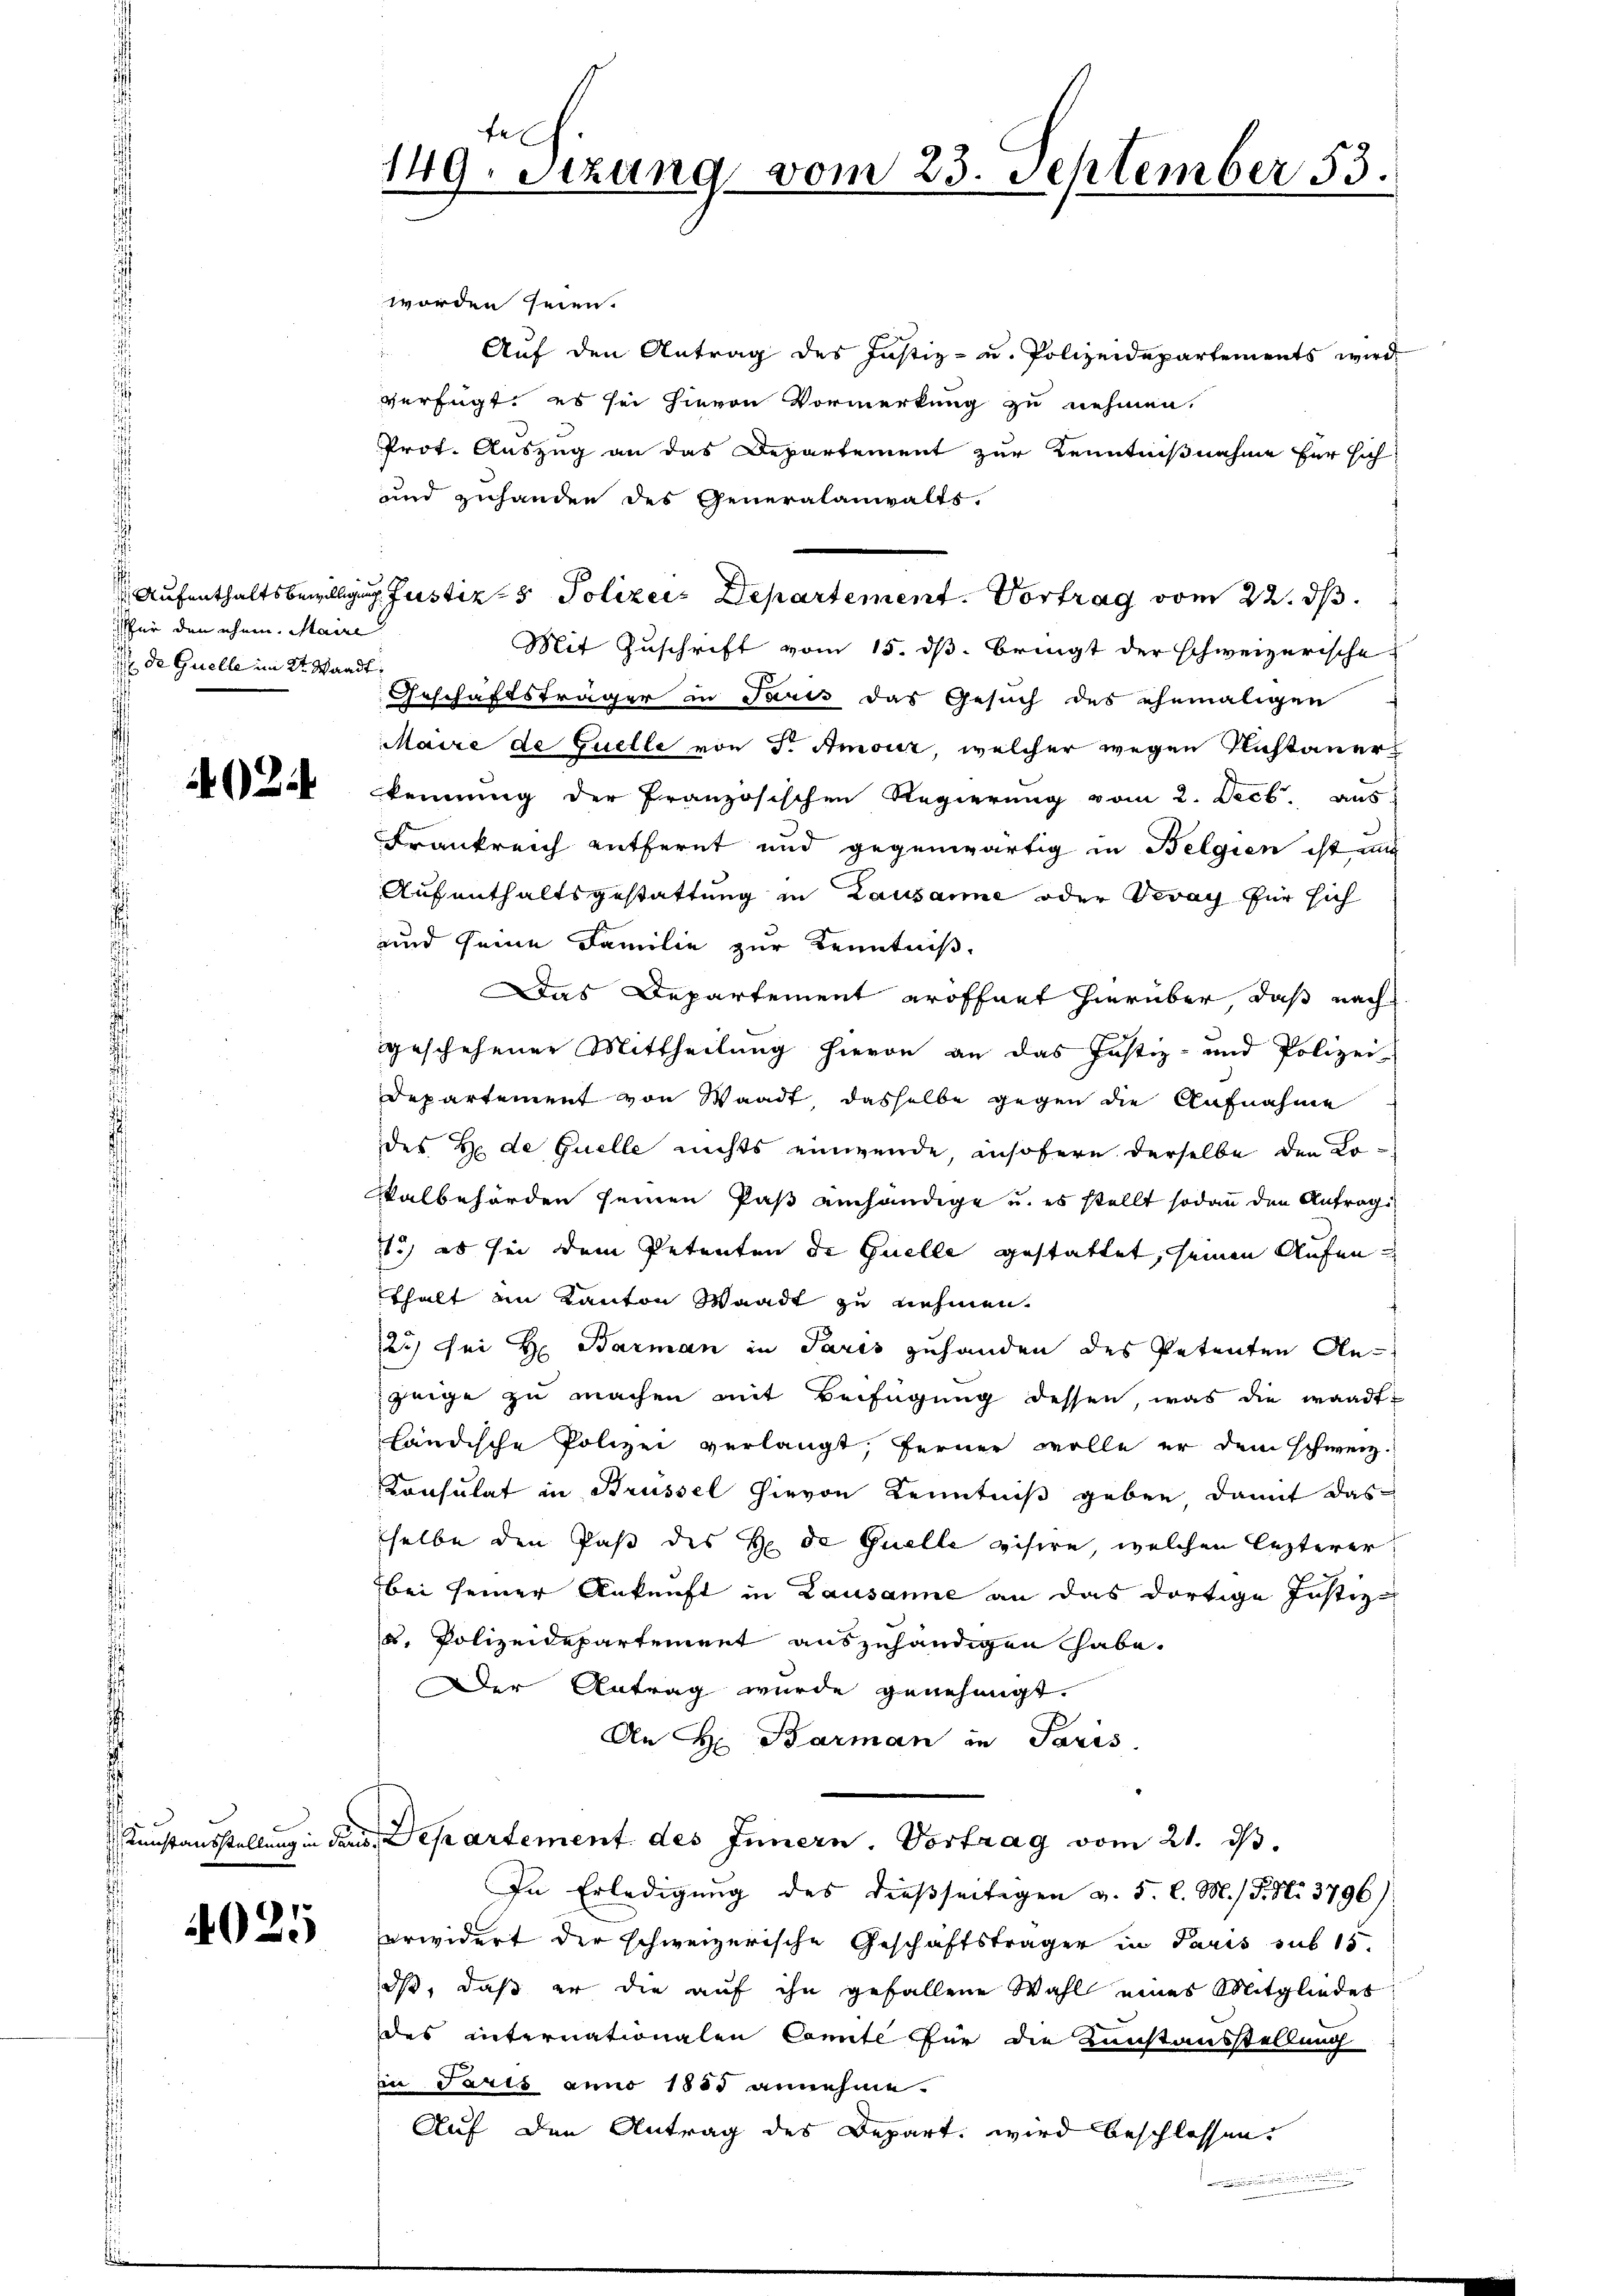
für den ehem. Maire
de Quelle im 2te Waadt.

402.

4025

fel
149. Sitzung vom 23. September 153.

worden seien.
" Auf den Antrag des Justiz- u. Polizeidepartements wird
verfügt: es sei hievon Vormerkung zu nehmen.
Prot. Auszug an das Departement zur Kenntnißnahme für sich
und zuhanden des Generalanwalts.
Aufenthaltsbewilligung Justiz- & Polizei- Departement. Vortrag vom 22. ds.
Mit Zuschrift vom 15. ds. bringt der schweizerische
Geschäftsträger in Paris das Gesuch des ehemaligen
Maire de Quelle von Dr. Amouz, welcher wegen Kastauers
kennung der Französischen Regierung vom 2. Decb. aus
Frankreich entfernt und gegenwärtig in Belgien ist und
Aufenthaltsgestattung in Lausanne oder Vevey für sich
und seine Familie zur Kenntniße
Das Departement eröffnet hierüber, daß nach
geschehener Mittheilung hievon an das Justiz- und Polizei-
Departement von Waadt, dasselbe gegen die Aufnahme
des Er de Quelle nichts einwende, insofern derselbe den Lo¬
Valbehörden seinen Paß einhändige u. es stellt sodann den Antrag
1) es sei dem Petenten de Quelle gestattet, seinen Aufenthalt in Kanton Waadt zu nehmen.
72.) Sei H. Barman in Paris zuhanden des Petenten An-
zeige zu machen mit Beifügung dessen, was die waadt
händische Polizei verlangt, ferner wolle er dem schweiz.
Consulat in Brüssel hievon Kenntniß geben damit das
selbe den Paß des H. de Quelle visire, welchen lezterer
bei seiner Ankunft in Lausanne an das dortige Justiz-
u. Polizeidepartement auszuhändigen habe.
Der Antrag wurde genehmigt.
An H: Barman in Paris
Kunstausstellung in Paris. Departement des Innern. Vortrag vom 21. ds.
In Erledigung des dießseitigen v. 5. l. M. / 5. No. 3796)
erwidert der schweizerische Geschäftsträger in Paris sub 15.
ds, daß er die auf ihn gefallene Wahl eines Mitgliedes
des internationalen Comite für die Kunstausstellung
in Paris anno 1885 annehme.
Auf den Antrag des Depart wird beschlossen,

e